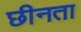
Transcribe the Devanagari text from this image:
छीनता